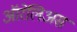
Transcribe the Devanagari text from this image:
ऑरेलिअस